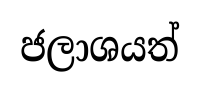
ජලාශයත්